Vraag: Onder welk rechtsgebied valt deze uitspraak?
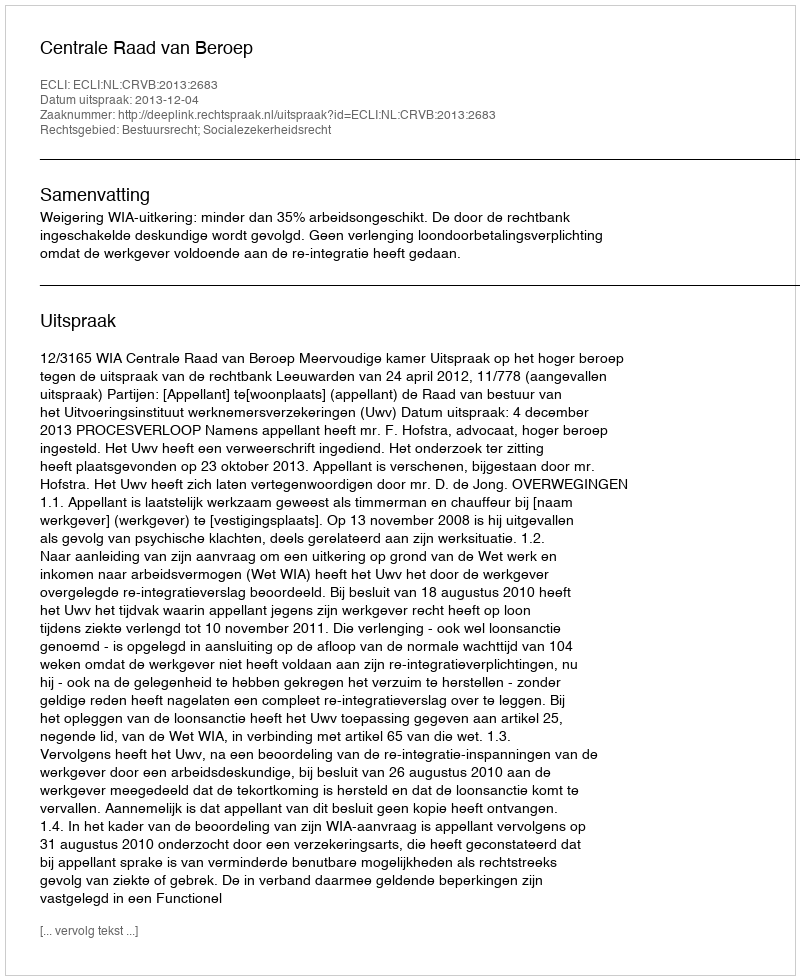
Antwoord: Bestuursrecht; Socialezekerheidsrecht